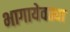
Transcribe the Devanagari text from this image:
भागायेवढ्या